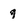
Character: q